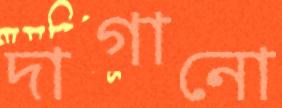
দাগানো